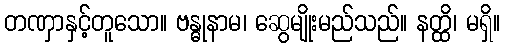
တဏှာနှင့်တူသော။ ဗန္ဓုနာမ၊ ဆွေမျိုးမည်သည်။ နတ္ထိ၊ မရှိ။